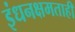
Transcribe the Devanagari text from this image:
इंधनक्षमताही